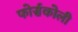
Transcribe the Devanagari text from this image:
फोर्सकोली